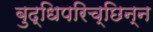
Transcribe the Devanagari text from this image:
बुद्धिपरिच्छिन्न